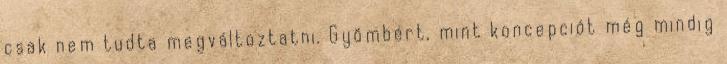
csak nem tudta megváltoztatni. Gyömbért, mint koncepciót még mindig